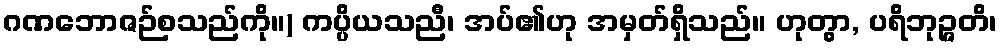
ဂဏဘောဇဉ်စသည်ကို။) ကပ္ပိယသညီ၊ အပ်၏ဟု အမှတ်ရှိသည်။ ဟုတွာ, ပရိဘုဉ္ဇတိ၊